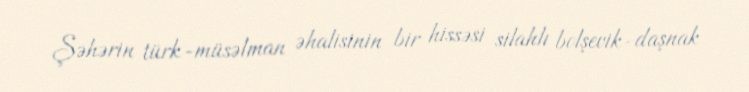
Şəhərin türk-müsəlman əhalisinin bir hissəsi silahlı bolşevik-daşnak